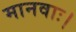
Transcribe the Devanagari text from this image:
मानवाः।